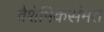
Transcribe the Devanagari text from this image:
वैशेषिकसंमत